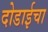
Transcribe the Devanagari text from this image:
दोडाईचा